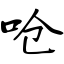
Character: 呛